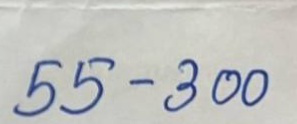
55 - 300